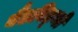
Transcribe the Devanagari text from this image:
बैंडविड्थों